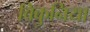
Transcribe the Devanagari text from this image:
विकुनिया